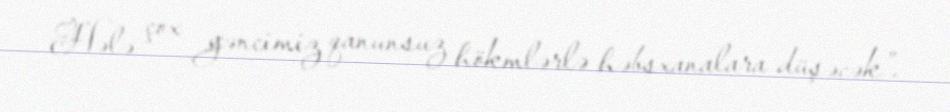
Hələ çox gəncimiz qanunsuz hökmlərlə həbsxanalara düşəcək”.